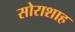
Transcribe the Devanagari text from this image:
सोराशाह